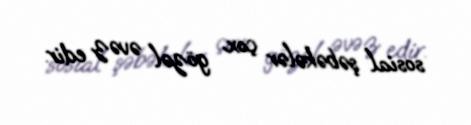
sosial şəbəkələr çox gözəl əvəz edir.